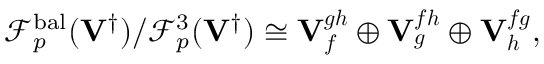
\mathscr { F } _ { p } ^ { \mathrm { b a l } } ( { \mathbf { V } ^ { \dagger } } ) / \mathscr { F } _ { p } ^ { 3 } ( { \mathbf { V } ^ { \dagger } } ) \cong \mathbf { V } _ { { \boldsymbol { f } } } ^ { { \boldsymbol { g } } { \boldsymbol { h } } } \oplus \mathbf { V } _ { { \boldsymbol { g } } } ^ { { \boldsymbol { f } } { \boldsymbol { h } } } \oplus \mathbf { V } _ { { \boldsymbol { h } } } ^ { { \boldsymbol { f } } { \boldsymbol { g } } } ,